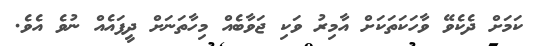
ކަމަށް ދެކެވޭ ވާހަކަތަކަށް އާމިރު ވަކި ޖަވާބެއް މިހާތަނަށް ދީފައެއް ނުވެ އެވެ.